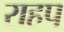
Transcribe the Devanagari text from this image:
राहप